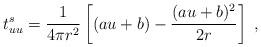
LaTeX: \begin{align*}t^s_{uu} = {1 \over 4 \pi r^2} \left [ (au+b)-{(au+b)^2 \over 2r} \right ] \; ,\end{align*}